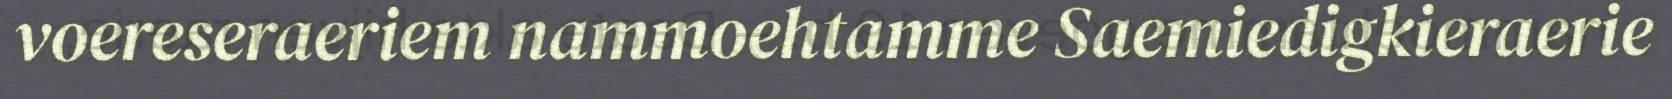
voereseraeriem nammoehtamme Saemiedigkieraerie